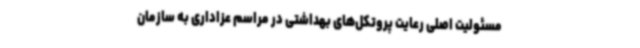
مسئولیت اصلی رعایت پروتکل‌های بهداشتی در مراسم عزاداری به سازمان